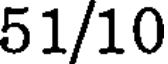
51/10